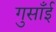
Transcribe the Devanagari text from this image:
गुसाँई